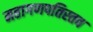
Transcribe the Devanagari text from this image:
महागणपतिस्तव